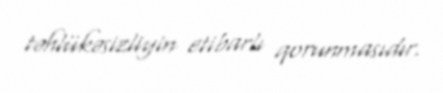
təhlükəsizliyin etibarlı qorunmasıdır.